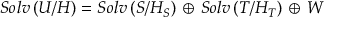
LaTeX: S o l v \left( { \cal U } / { \cal H } \right) = S o l v \left( { S } / { \cal H } _ { S } \right) \, \oplus \, S o l v \left( { T } / { \cal H } _ { T } \right) \, \oplus \, { \cal W }